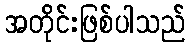
အတိုင်းဖြစ်ပါသည်